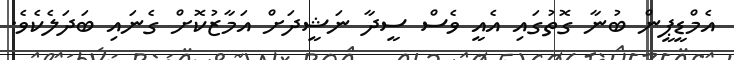
އެމްޑީޕީން ބުނާ ގޮތުގައި އެއީ ވެސް ސީދާ ނަޝީދަށް އަމާޒުކޮށް ގެނައި ބަދަލެކެވެ.